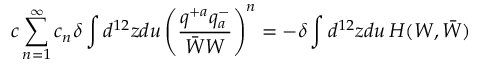
c \sum _ { n = 1 } ^ { \infty } c _ { n } \delta \int d ^ { 1 2 } z d u \left( \frac { q ^ { + a } q _ { a } ^ { - } } { \bar { W } W } \right) ^ { n } = - \delta \int d ^ { 1 2 } z d u \, { \cal H } ( W , \bar { W } )